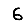
Digit: 6